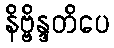
နိဗ္ဗိန္ဒတိပေ